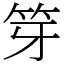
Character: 笌